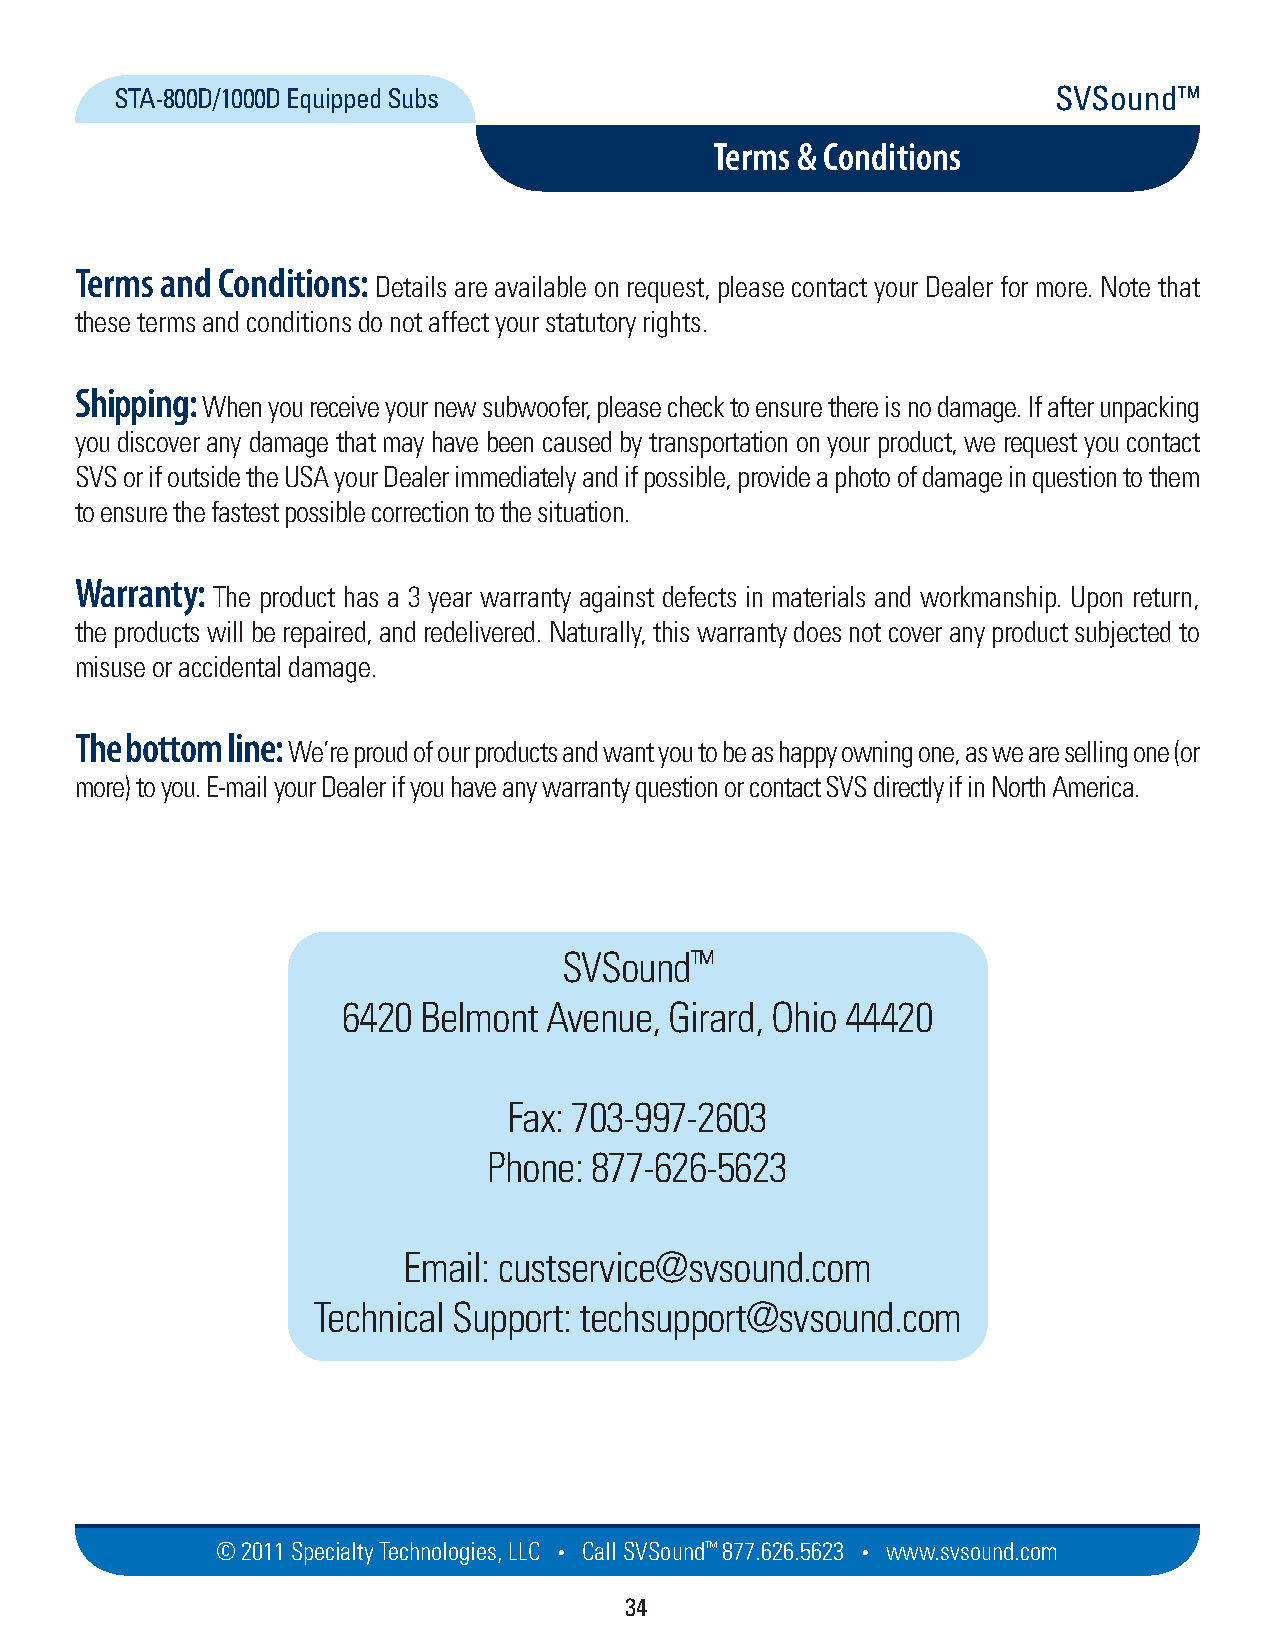
STA-800D/1000D Equipped Subs                                  SVSound™
 Terms & Conditions
 Terms and Conditions:
 Details are available on request, please contact your Dealer for more. Note that
 these terms and conditions do not affect your statutory rights.
 Shipping:
 When you receive your new subwoofer, please check to ensure there is no damage. If after unpacking
 you discover any damage that may have been caused by transportation on your product, we request you contact
 SVS or if outside the USA your Dealer immediately and if possible, provide a photo of damage in question to them
 to ensure the fastest possible correction to the situation.
 Warranty:
 The product has a 3 year warranty against defects in materials and workmanship. Upon return,
 the products will be repaired, and redelivered. Naturally, this warranty does not cover any product subjected to
 misuse or accidental damage.
 The bottom line:
 We’re proud of our products and want you to be as happy owning one, as we are selling one (or
 more) to you. E-mail your Dealer if you have any warranty question or contact SVS directly if in North America.
 SVSound™
 6420 Belmont Avenue, Girard, Ohio 44420
 Fax: 703-997-2603
 Phone: 877-626-5623
 Email: custservice@svsound.com
 Technical Support: techsupport@svsound.com
 © 2011 Specialty Techno logies, LLC • Call SVSound™ 877.626.5623 • www.svs ou nd.com
 34